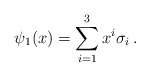
\begin{align*}\psi_1 (x) = \sum_{i=1}^3 x^i \sigma_i \, .\end{align*}